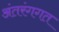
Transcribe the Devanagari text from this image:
अंतरंगगत